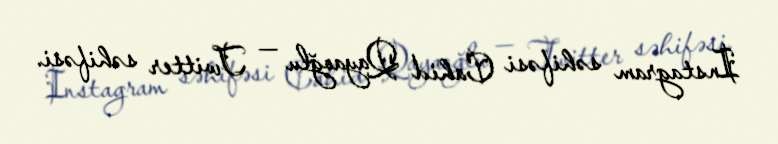
Instagram səhifəsi Cahid Qayaoğlu — Twitter səhifəsi.